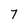
Character: 7